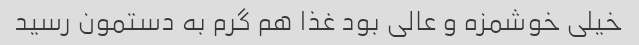
خیلی خوشمزه و عالی بود غذا هم گرم به دستمون رسید